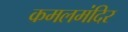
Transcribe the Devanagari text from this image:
कमलमंदिर